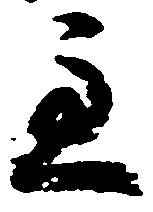
主